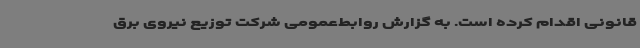
قانونی اقدام کرده است. به گزارش روابط‌عمومی شرکت توزیع نیروی برق